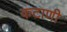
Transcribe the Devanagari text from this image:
कटाणी